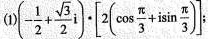
(1)$$(- \frac{1}{2}+ \frac{ \sqrt{3}}{2}i) \cdot \left[ 2( \cos \frac{ \pi }{3}+i \sin \frac{ \pi }{3}) \right] $$;